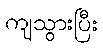
ကျသွားပြီး